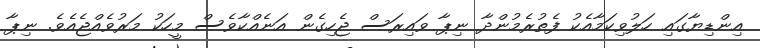
އިންޑިޔާގައި ހަލުވިކަމާއެކު ފެތުރެމުންދާ ނިޕާ ވައިރަސް ޖެހިގެން އަނެއްކާވެސް މީހަކު މަރުވެއްޖެއެވެ. ނިޕާ